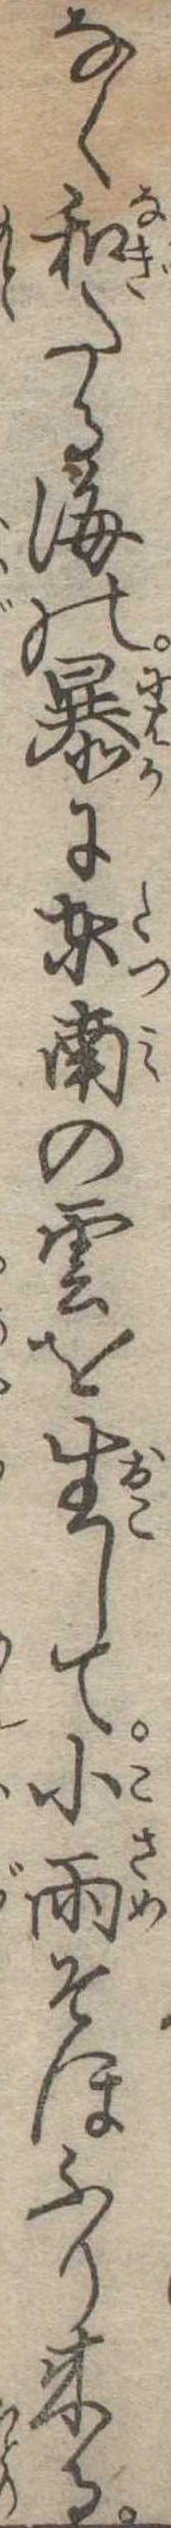
なく和たる海の暴に東南の雲を生して小雨そほふり来る